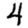
Digit: 4